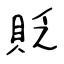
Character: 貶